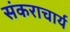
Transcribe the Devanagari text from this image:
संकराचार्य